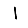
Digit: 1